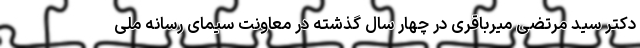
دکتر سید مرتضی میرباقری در چهار سال گذشته در معاونت سیمای رسانه ملی